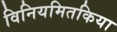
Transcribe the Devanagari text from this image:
विनियमितकिया